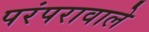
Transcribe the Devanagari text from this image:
परंपरावाले